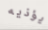
يؤذيه